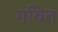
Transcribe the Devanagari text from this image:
गवित